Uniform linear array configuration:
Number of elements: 8
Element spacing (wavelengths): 0.25
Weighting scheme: cosine
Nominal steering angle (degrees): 15
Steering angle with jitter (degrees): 16.621
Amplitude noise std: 0.05
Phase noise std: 0.05

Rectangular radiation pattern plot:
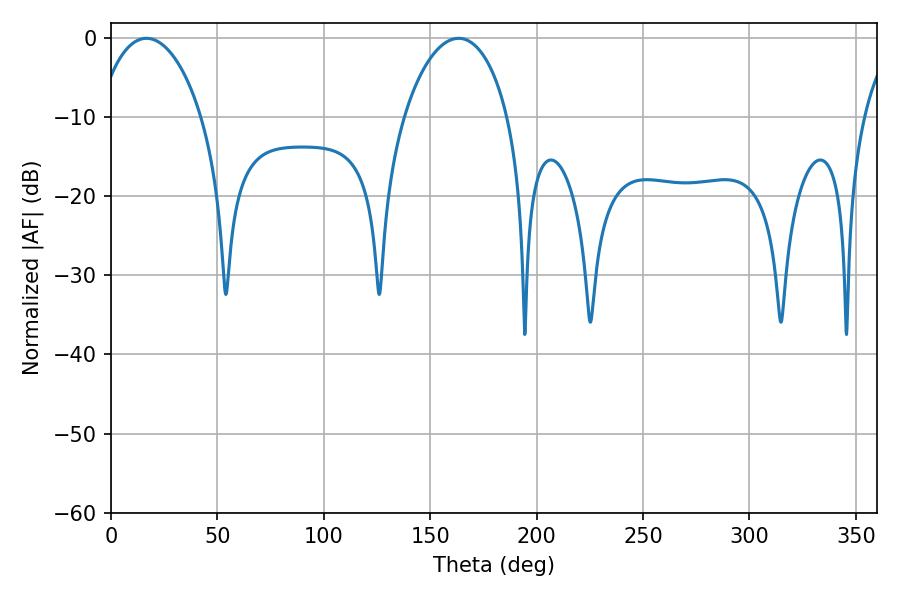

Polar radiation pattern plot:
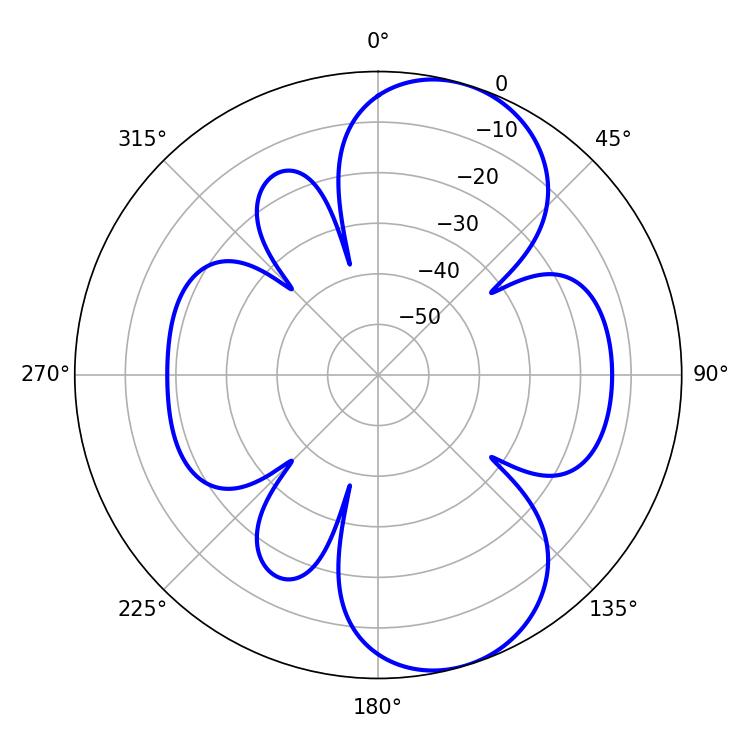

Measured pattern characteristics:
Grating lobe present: FALSE
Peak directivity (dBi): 8.112
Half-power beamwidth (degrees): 27.9
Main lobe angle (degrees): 16.74